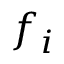
f _ { i }